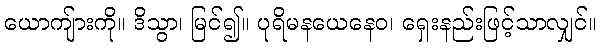
ယောကျ်ားကို။ ဒိသွာ၊ မြင်၍။ ပုရိမနယေနေဝ၊ ရှေးနည်းဖြင့်သာလျှင်။